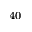
^ { 4 0 }